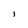
Character: 1